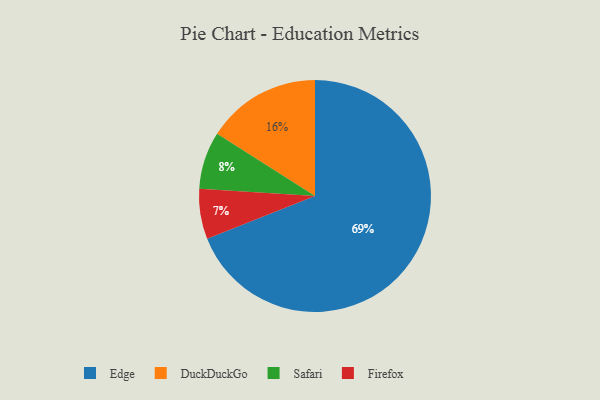
{"axis": {"x": "Category", "y": "Percentage"}, "legend": ["DuckDuckGo", "Edge", "Firefox", "Safari"], "data": [{"x": "Edge", "y": 69, "type": "Edge"}, {"x": "DuckDuckGo", "y": 16, "type": "DuckDuckGo"}, {"x": "Safari", "y": 8, "type": "Safari"}, {"x": "Firefox", "y": 7, "type": "Firefox"}]}